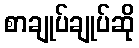
စာချုပ်ချုပ်ဆို